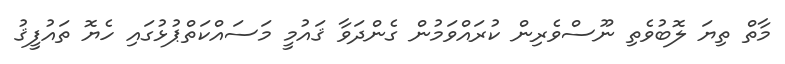
މާތް ތިޔަ ލޮބުވެތި ނޫސްވެރިން ކުރައްވަމުން ގެންދަވާ ޤައުމީ މަސައްކަތްޕުޅުގައި ހެޔޮ ތައުފީޤު